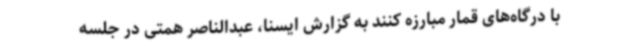
با درگاه‌های قمار مبارزه کنند به گزارش ایسنا، عبدالناصر همتی در جلسه